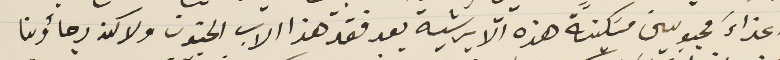
اعزاءَ محبوبين مسَكينة هذه الابرشية بعد فقد هذا الاب الحنون ولاكن رجاؤنا